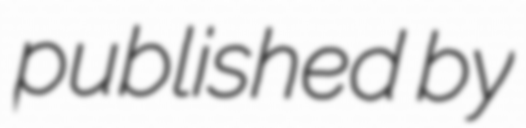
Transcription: published by